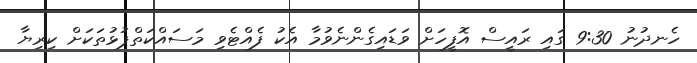
ހެނދުނު 9:30 ގައި ރައީސް އޮފީހަށް ވަޑައިގެންނެވުމާ އެކު ފެއްޓެވި މަސައްކަތްޕުޅުތަކަށް ކިރިޔާ